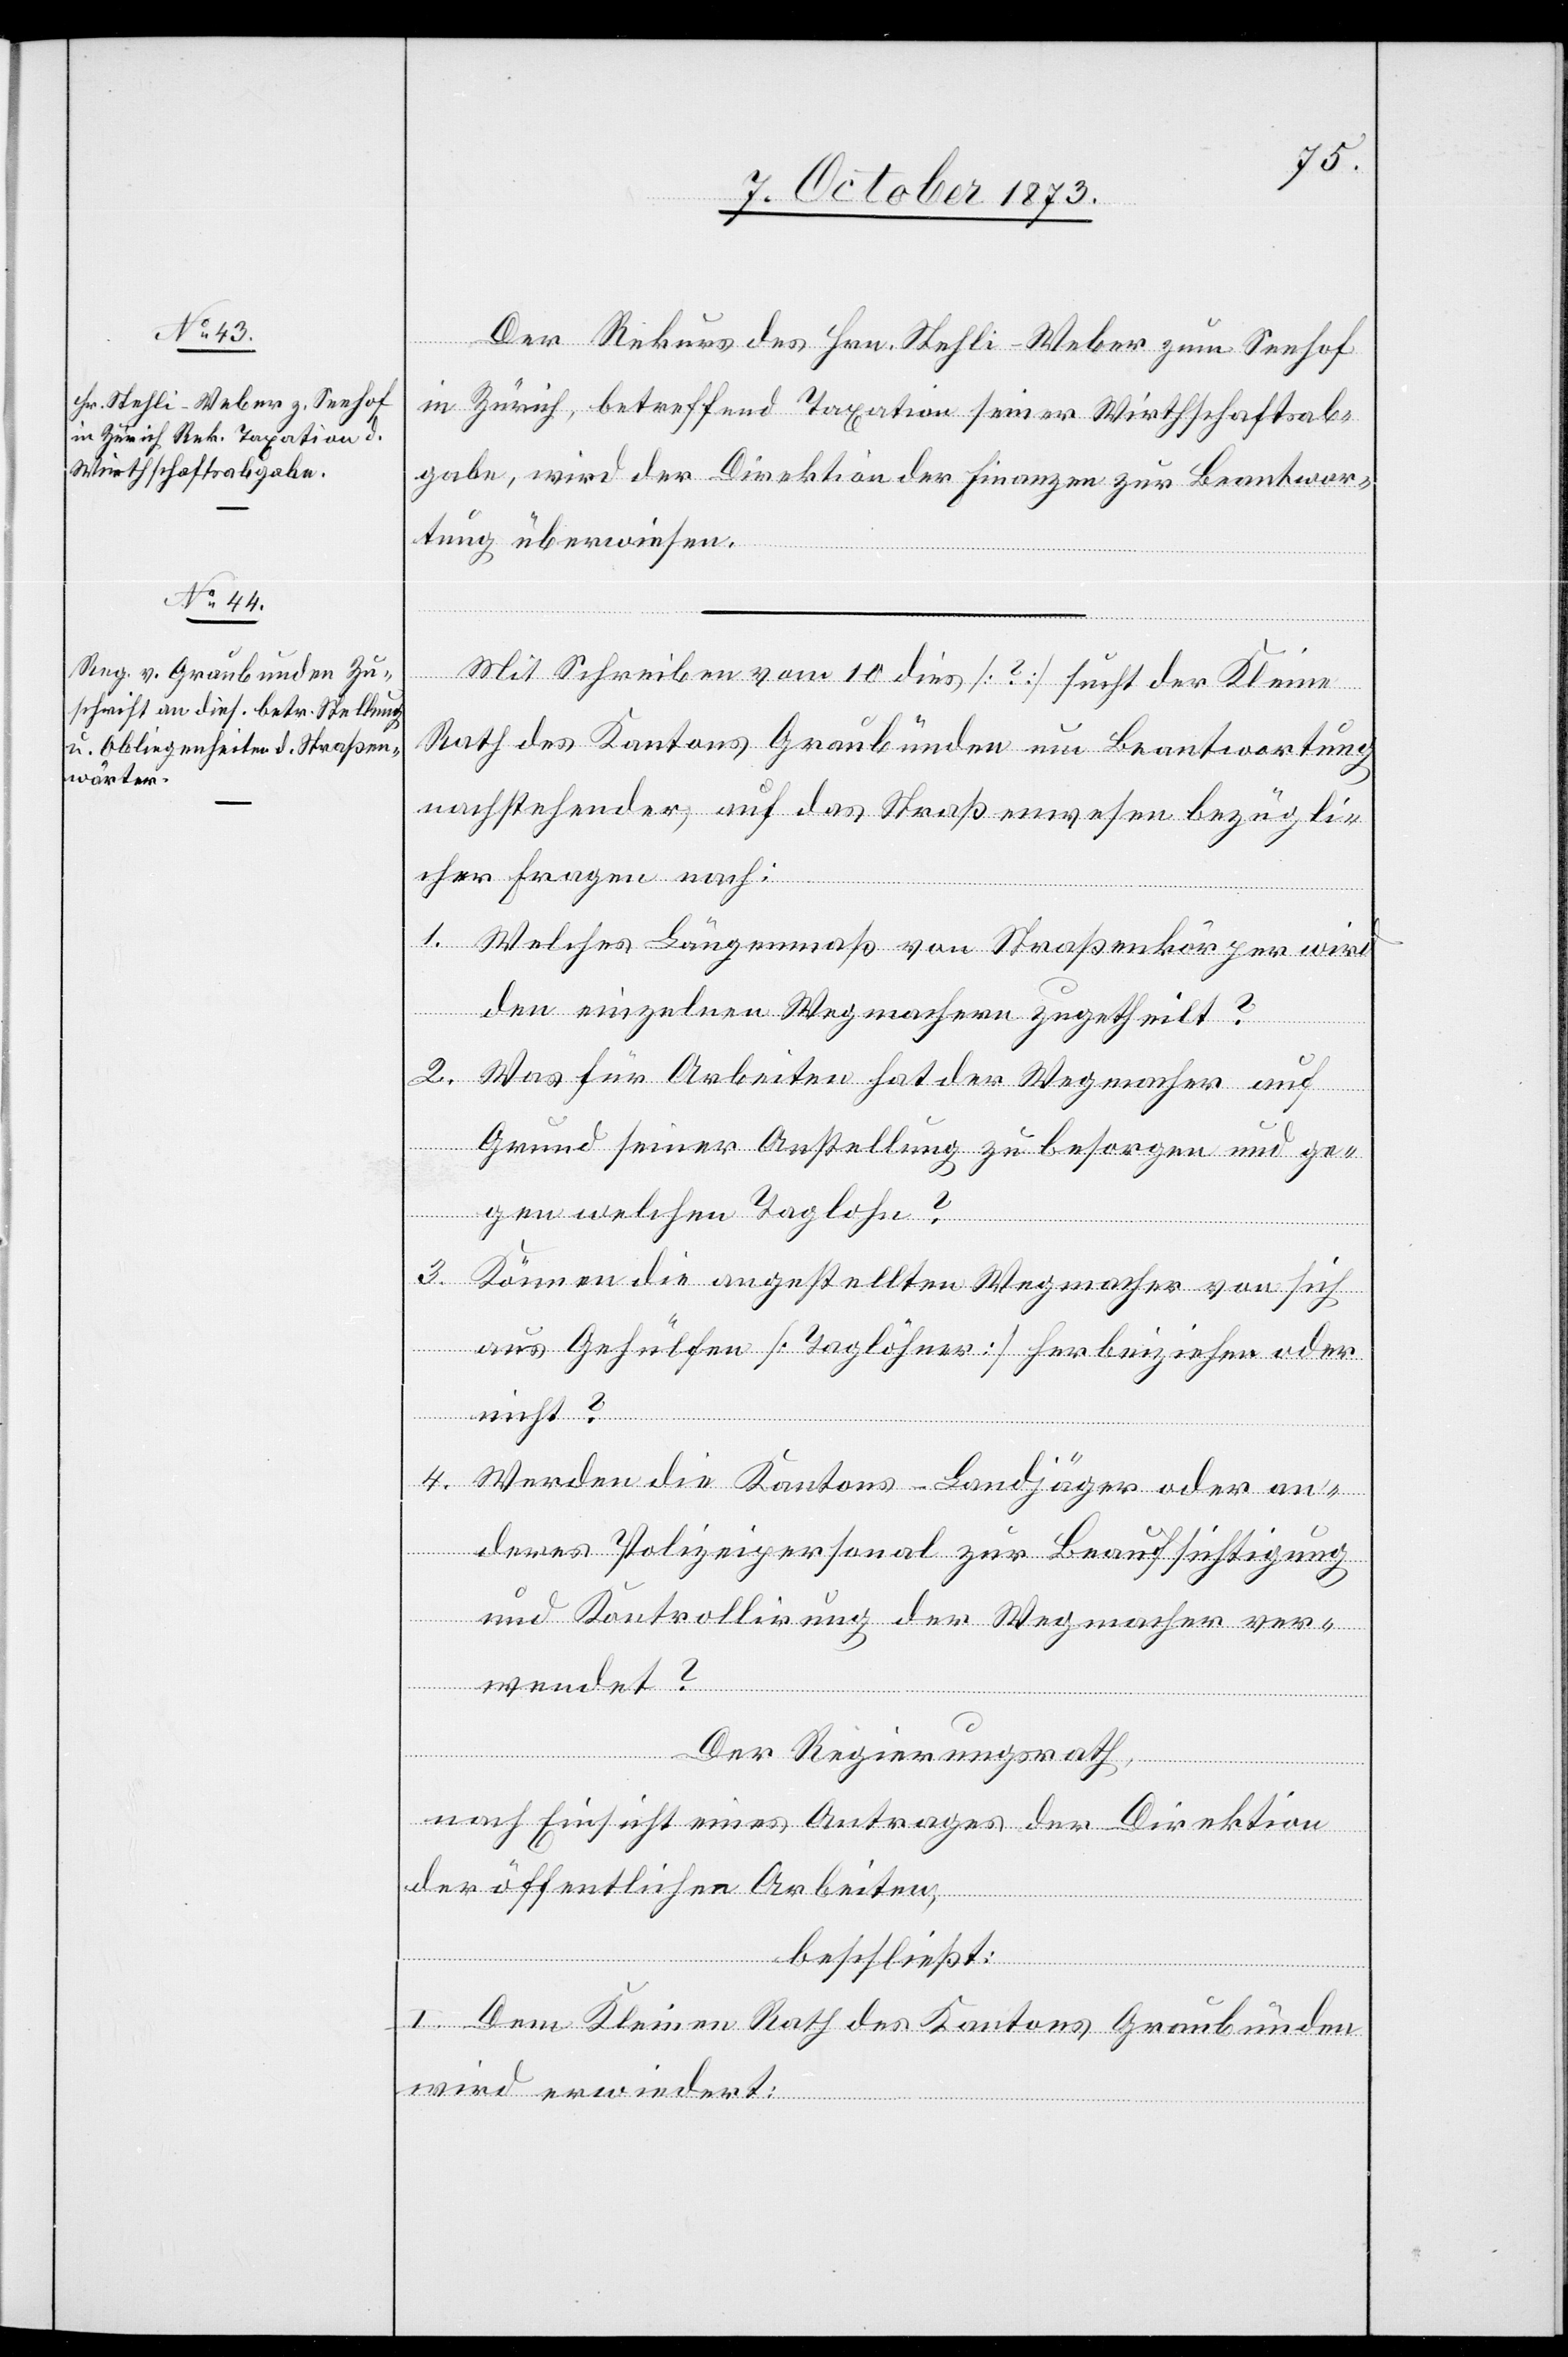
8. October 1873.]
Der Rekurs des Hrn. Stehli-Weber zum Seehof
in Zürich, betreffend Taxation seiner Wirthschaftsab¬
gabe, wird der Direktion der Finanzen zur Beantwor¬
tung überwiesen.
Mit Schreiben vom 10. dies [?] sucht der Kleine
Rath des Kantons Graubünden um Beantwortung
nachstehender, auf das Straßenwesen bezügli¬
cher Fragen nach:
1. Welches Längenmaß von Straßenkörper wird
den einzelnen Wegmachern zugetheilt?
2. Was für Arbeiten hat der Wegmacher auf
Grund seiner Anstellung zu besorgen und ge¬
gen welchen Taglohn?
3. Können die angestellten Wegmacher von sich
aus Gehülfen [Taglöhner] herbeiziehen oder
nicht?
4. Werden die Kantons-Landjäger oder an¬
deres Polizeipersonal zur Beaufsichtigung
und Kontrollirung der Wegmacher ver¬
wendet?
Der Regierungsrath,
nach Einsicht eines Antrages der Direktion
der öffentlichen Arbeiten,
beschließt:
I. Dem Kleine Rath des Kantons Graubünden
wird erwiedert: